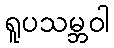
ရူပသမ္ဘဝါ